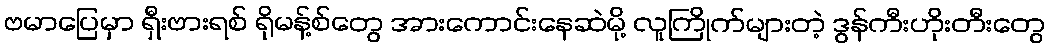
ဗမာပြေမှာ ရှီးဗားရစ် ရိုမန့်စ်တွေ အားကောင်းနေဆဲမို့ လူကြိုက်များတဲ့ ဒွန်ကီးဟိုးတီးတွေ